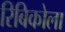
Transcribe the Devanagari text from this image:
रिबिकोला